Vaccine operations Central Provinces 1868-1885 - 1868-1885
Year: 1868
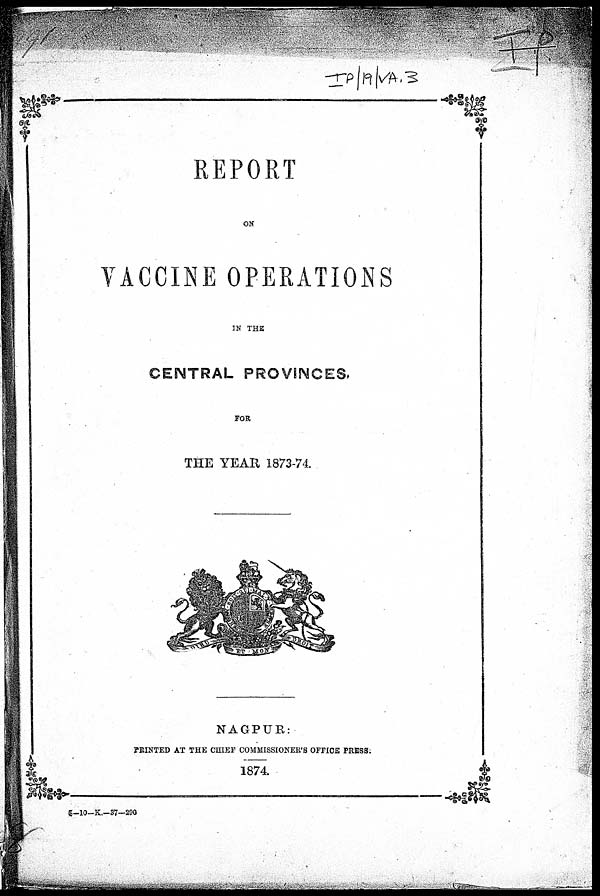
REPORT
ON
VACCINE OPERATIONS
IN THE
CENTRAL PROVINCES.
FOR
THE YEAR 1873-74.
NAGPUR:
PRINTED AT THE CHIEF COMMISSIONER'S OFFICE PRESS:
1874
5—10—K—37—290